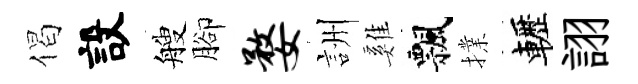
偈設艘腳婺詶雞飄擈轣詡